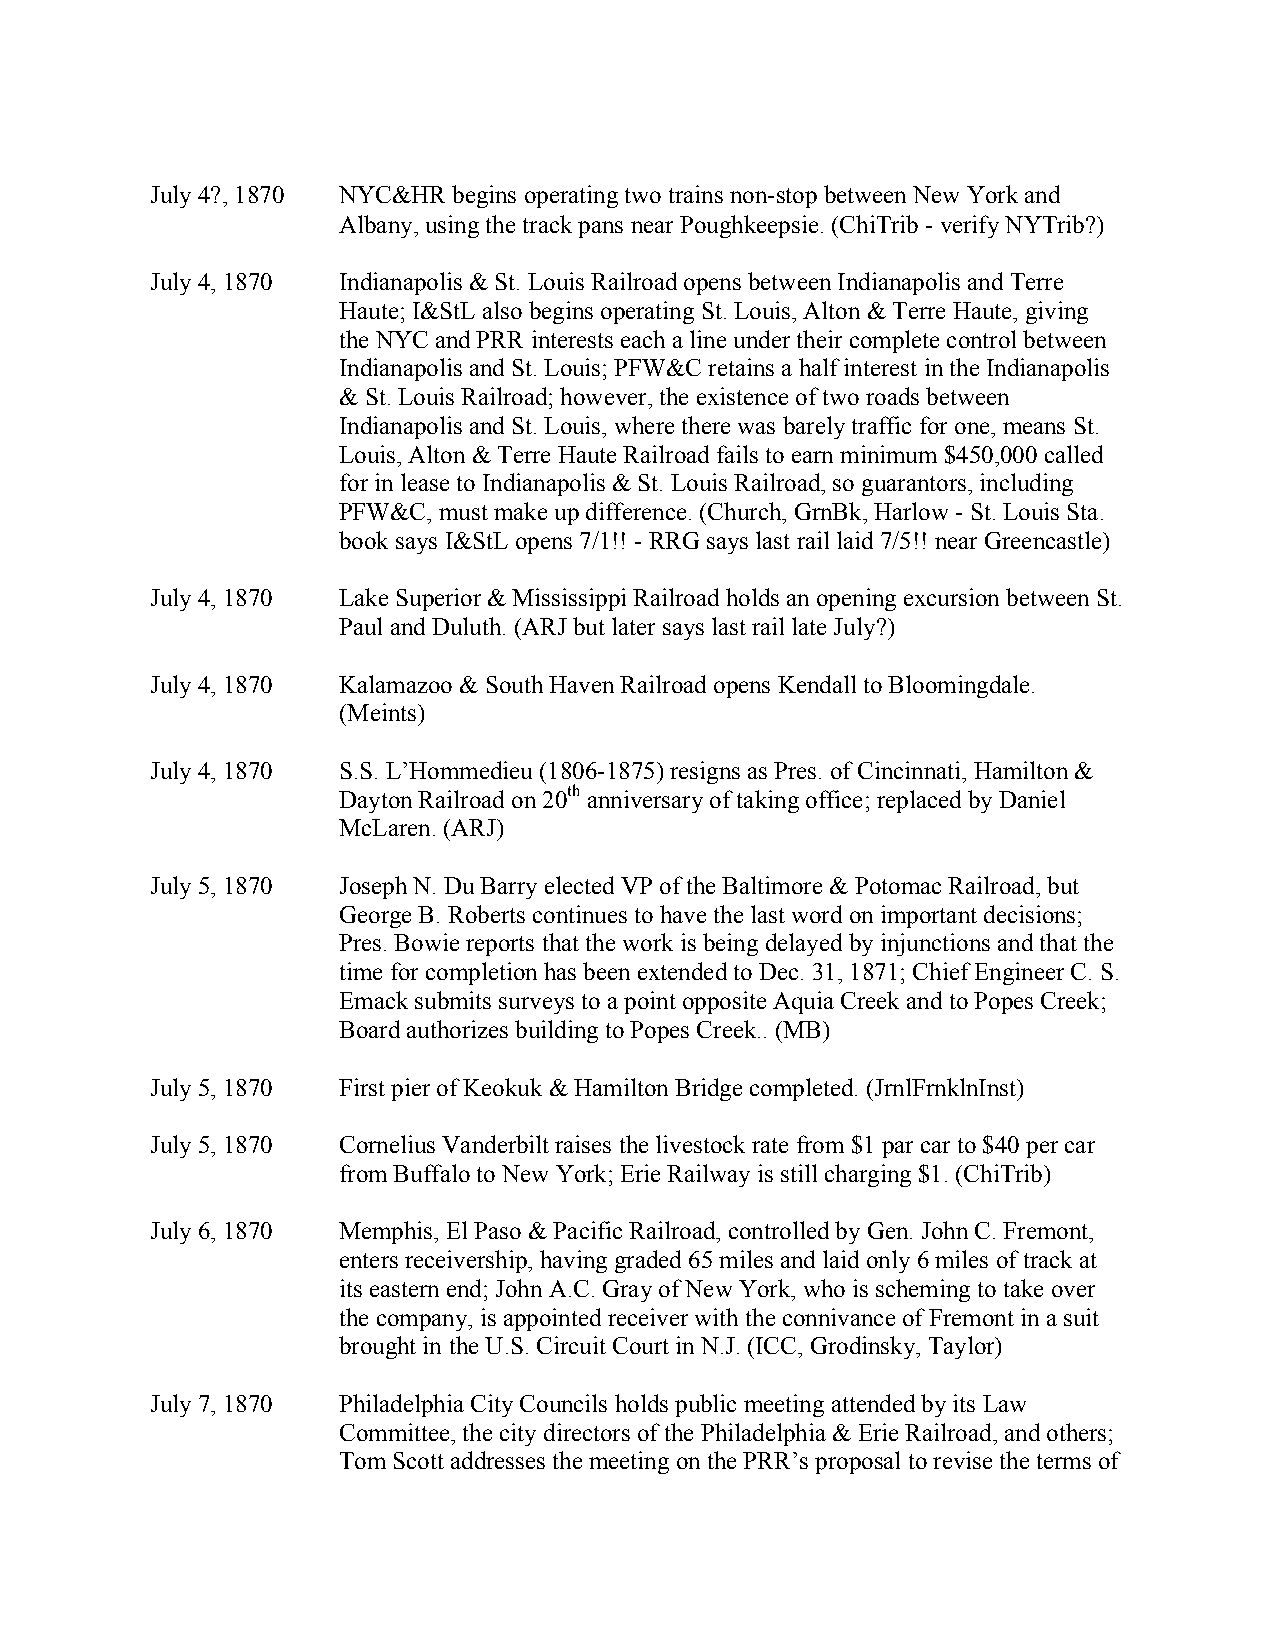
July 4?, 1870 NYC&HR begins operating two trains non-stop between New York and
 Albany, using the track pans near Poughkeepsie. (ChiTrib - verify NYTrib?)
 July 4, 1870 Indianapolis & St. Louis Railroad opens between Indianapolis and Terre
 Haute; I&StL also begins operating St. Louis, Alton & Terre Haute, giving
 the NYC and PRR interests each a line under their complete control between
 Indianapolis and St. Louis; PFW&C retains a half interest in the Indianapolis
 & St. Louis Railroad; however, the existence of two roads between
 Indianapolis and St. Louis, where there was barely traffic for one, means St.
 Louis, Alton & Terre Haute Railroad fails to earn minimum $450,000 called
 for in lease to Indianapolis & St. Louis Railroad, so guarantors, including
 PFW&C, must make up difference. (Church, GrnBk, Harlow - St. Louis Sta.
 book says I&StL opens 7/1!! - RRG says last rail laid 7/5!! near Greencastle)
 July 4, 1870 Lake Superior & Mississippi Railroad holds an opening excursion between St.
 Paul and Duluth. (ARJ but later says last rail late July?)
 July 4, 1870 Kalamazoo & South Haven Railroad opens Kendall to Bloomingdale.
 (Meints)
 July 4, 1870 S.S. L’Hommedieu (1806-1875) resigns as Pres. of Cincinnati, Hamilton &
 Dayton Railroad on 20th anniversary of taking office; replaced by Daniel
 McLaren. (ARJ)
 July 5, 1870 Joseph N. Du Barry elected VP of the Baltimore & Potomac Railroad, but
 George B. Roberts continues to have the last word on important decisions;
 Pres. Bowie reports that the work is being delayed by injunctions and that the
 time for completion has been extended to Dec. 31, 1871; Chief Engineer C. S.
 Emack submits surveys to a point opposite Aquia Creek and to Popes Creek;
 Board authorizes building to Popes Creek.. (MB)
 July 5, 1870 First pier of Keokuk & Hamilton Bridge completed. (JrnlFrnklnInst)
 July 5, 1870 Cornelius Vanderbilt raises the livestock rate from $1 par car to $40 per car
 from Buffalo to New York; Erie Railway is still charging $1. (ChiTrib)
 July 6, 1870 Memphis, El Paso & Pacific Railroad, controlled by Gen. John C. Fremont,
 enters receivership, having graded 65 miles and laid only 6 miles of track at
 its eastern end; John A.C. Gray of New York, who is scheming to take over
 the company, is appointed receiver with the connivance of Fremont in a suit
 brought in the U.S. Circuit Court in N.J. (ICC, Grodinsky, Taylor)
 July 7, 1870 Philadelphia City Councils holds public meeting attended by its Law
 Committee, the city directors of the Philadelphia & Erie Railroad, and others;
 Tom Scott addresses the meeting on the PRR’s proposal to revise the terms of